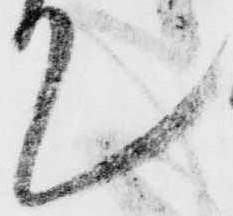
て